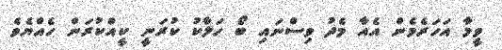
ވީމާ އަހަރެމެން އެއާ މެދު ވިސްނައި ބޯ ހަލާކު ކުރަނީ ކީއްކުރަން ހެއްޔެވެ